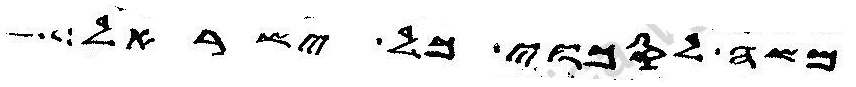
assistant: משה לסכוי כל ישראל